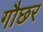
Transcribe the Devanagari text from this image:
गौछर